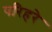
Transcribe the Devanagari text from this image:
परिहरे